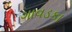
ગાવડકા